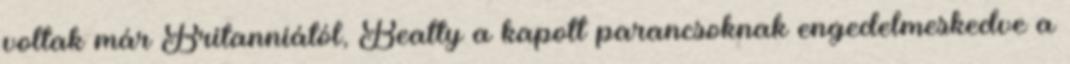
voltak már Britanniától, Beatty a kapott parancsoknak engedelmeskedve a